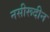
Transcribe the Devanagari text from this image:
नसीरूदीन